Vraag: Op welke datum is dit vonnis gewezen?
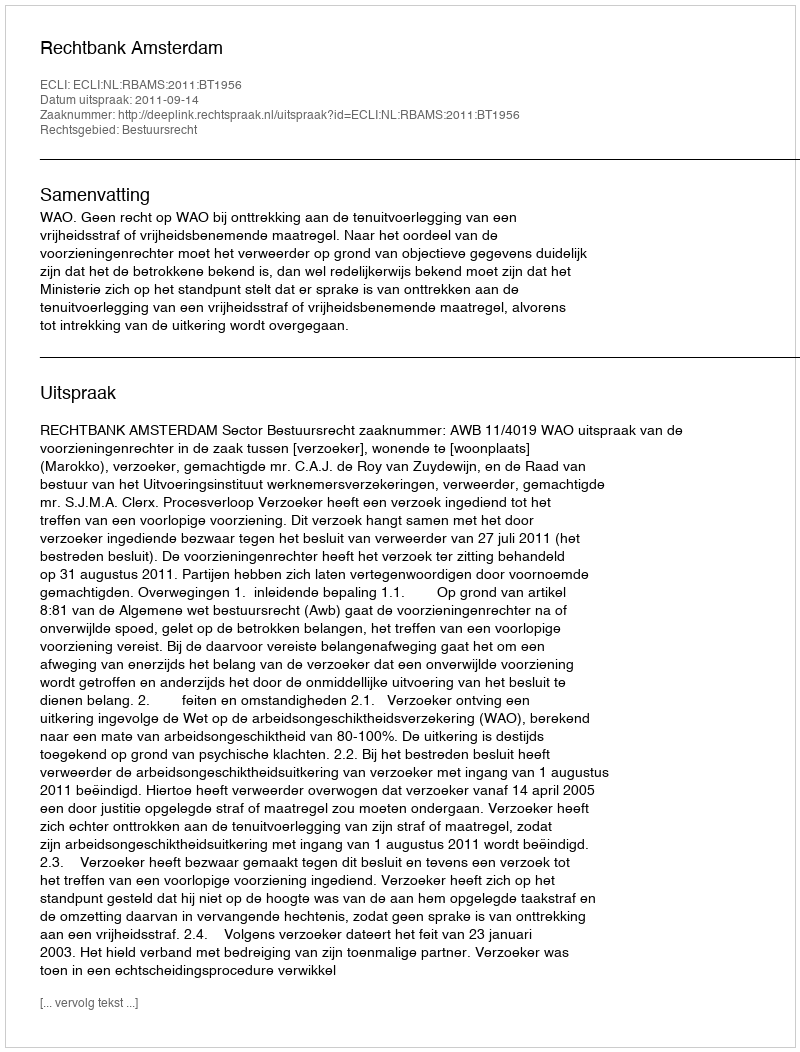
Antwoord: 2011-09-14